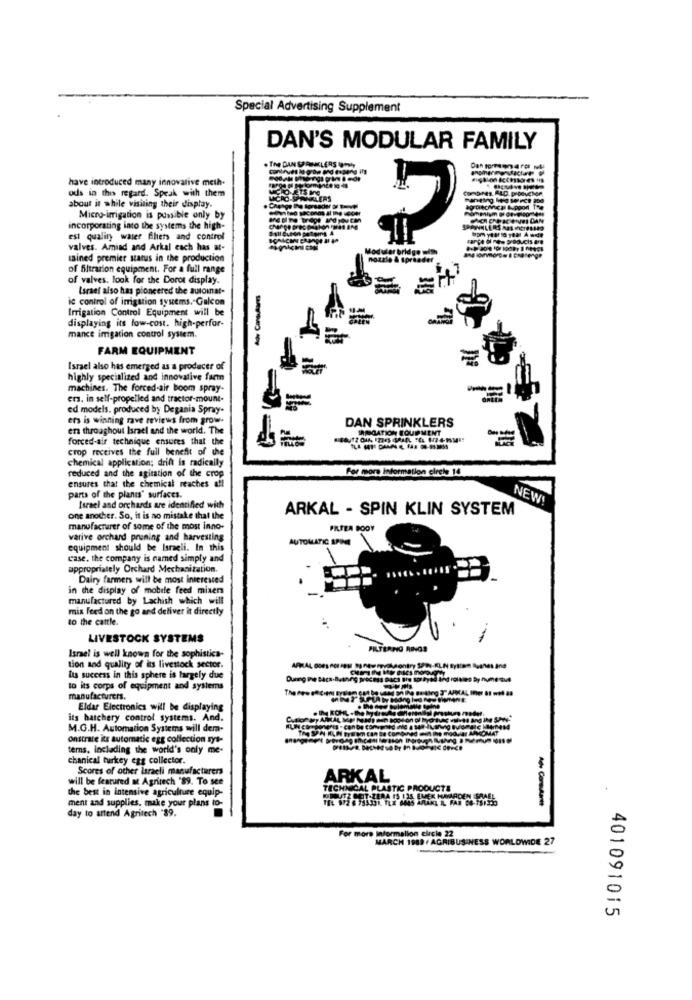
Special Advertising Supplement
DAN'S MODULAR FAMILY
have introduced many innovative meth.
ods in this regard. Speak with them
about it while visiting their display.
Micro-irrigation is possible only by
incorporating into the systems the high-
est quality waser fihets and control
valves. Amiad and Arkal cach has at-
tained premier status in the production
of filtration equipment. For a full range
of valves. look for the Dorot display.
Israel also has pioneered the autoinat-
Ade Consulares
ic control of irrigation systems. Galcom
Irrigation Control Equipment will be
displaying its low-cost. high-perfor-
mance irrigation control system.
FARM EQUIPMENT
Israel also has emerged as a producer of
highly specialized and innovative farm
machines. The forced-air boom spray-
ers, in self-propelled and tractor-mount-
ed models. produced by Degania Spray-
ers is winning rave reviews from grow-
DAN SPRINKLERS
en throughout Israel and the world. The
IRRIGATION COUPMENT
forced-air technique ensures that the
crop receives the full benefit of the
chemical application; drift is radically
For more information cirele 14
reduced and the agitation of the crop
ensures that the chemical reaches all
parts of the plants' surfaces.
NEW!
Israel and orchards are identified with
ARKAL - SPIN KLIN SYSTEM
one another. So, it is no mistake that the
manufacturer of some of the most inno-
PRPEA BODY
vari've orchard pruning and harvesting
AUTOMATIC SPINE
equipment should be Israeli. In this
case, the company is named simply and
appropriately Orchard Mechanization.
Dairy farmers will be most Interested
in the display of mobile feed mixers
manufactured by Lachish which will
mix feed on the go and deliver it directly
to the cattle.
LIVESTOCK SYSTEMS
PILTERNO RINGS
Israel is well known for the sophistics-
tion and quality of its livestock sector.
Its success in this sphere is largely due
nunes
to its corps of equipment and systems
FARMA
manufacturers.
Eldar Electronics will be displaying
.IN KOHL - the
its hatchery control systems. And.
ARAL ME
M.G.H. Automation Systems will dera-
WOOJE ARCOMAT
onstrate its automatic egg collection sys-
terns, including the world's only me-
chanical turkey egg collector.
Scores of other israeli manufacturers
will be featured at Agritech '89. To see
ARKAL
the best in intensive agriculture equip-
TECHNICAL PLASTIC PRODUCTS
POUVEZ GET-ZERA IS ISS, EMEK HAMMAREN SAA
Ae ComAarte
ment and supplies, make your plans to-
day to attend Agritech "89.
For more Information circle 22
MARCH 1989 / AGRIBUSINESS WORLDWIDE 27
401091015